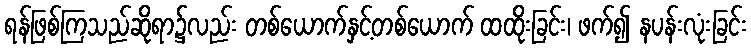
ရန်ဖြစ်ကြသည်ဆိုရာ၌လည်း တစ်ယောက်နှင့်တစ်ယောက် ထထိုးခြင်း၊ ဖက်၍ နပန်းလုံးခြင်း